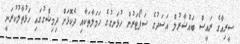
ސީރިއާގެ ރައީސް ބައްޝާރުލް އަސަދުގެ ސަޕޯޓަރުން ހުޅަނގުގެ ހަމަލާތަކާއި ދެކޮޅަށް ދިމިޝްގުގައި ހަޅުތާލުކުރަނީ